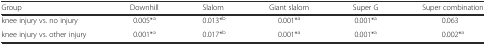
<table><thead><tr><td><b>Group</b></td><td><b>Downhill</b></td><td><b>Slalom</b></td><td><b>Giant slalom</b></td><td><b>Super G</b></td><td><b>Super combination</b></td></tr></thead><tbody><tr><td>knee injury vs. no injury</td><td>0.005*<sup>a</sup></td><td>0.013*<sup>b</sup></td><td>0.001*<sup>a</sup></td><td>0.001*<sup>a</sup></td><td>0.063</td></tr><tr><td>knee injury vs. other injury</td><td>0.001*<sup>a</sup></td><td>0.017*<sup>b</sup></td><td>0.001*<sup>a</sup></td><td>0.001*<sup>a</sup></td><td>0.002*<sup>a</sup></td></tr></tbody></table>